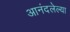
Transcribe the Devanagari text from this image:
आनंदलेल्या